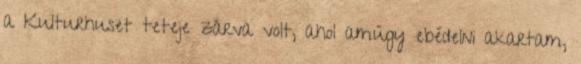
a Kulturhuset teteje zárva volt, ahol amúgy ebédelni akartam,